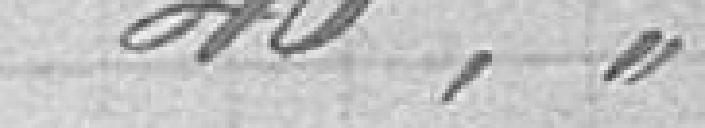
40